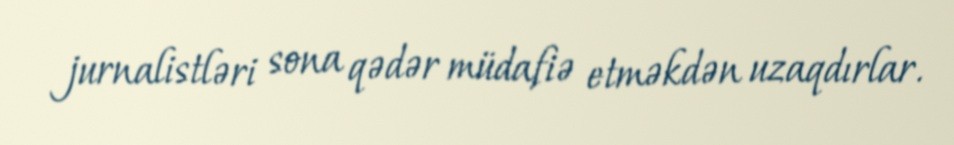
jurnalistləri sona qədər müdafiə etməkdən uzaqdırlar.